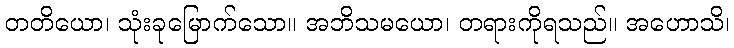
တတိယော၊ သုံးခုမြောက်သော။ အဘိသမယော၊ တရားကိုရသည်။ အဟောသိ၊